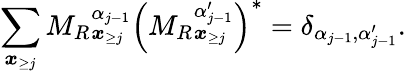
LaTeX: \sum_{\boldsymbol{x}_{\ge j}}{M_{R}}_{\boldsymbol x_{\ge j}}^{\alpha_{j-1}}\left({M_{R}}_{\boldsymbol x_{\ge j}}^{\alpha_{j-1}^{\prime}}\right)^{*}=\delta_{\alpha_{j-1},\alpha_{j-1}^{\prime}}.